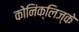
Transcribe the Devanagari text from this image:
कोनिंक्लिज्के